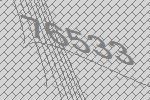
76533